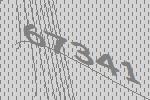
67341